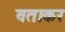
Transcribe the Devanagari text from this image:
वताकर